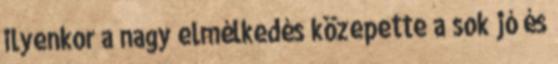
ilyenkor a nagy elmélkedés közepette a sok jó és